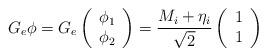
LaTeX: \begin{align*}G_{e}\phi =G_{e}\left( \begin{array}{c}\phi _{1} \\ \phi _{2}\end{array}\right) =\frac{M_{i}+\eta _{i}}{\sqrt{2}}\left( \begin{array}{c}1 \\ 1\end{array}\right) \end{align*}